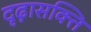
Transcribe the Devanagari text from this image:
दृढ़ासक्ति